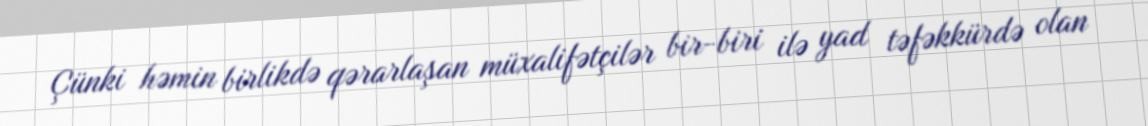
Çünki həmin birlikdə qərarlaşan müxalifətçilər bir-biri ilə yad təfəkkürdə olan